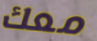
معك